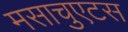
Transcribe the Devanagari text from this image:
मसाचुएटस